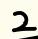
2